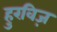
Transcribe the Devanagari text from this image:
हुरविज़